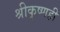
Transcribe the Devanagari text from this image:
श्रीकृष्णही